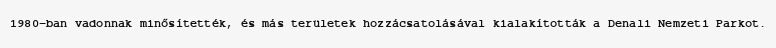
1980-ban vadonnak minősítették, és más területek hozzácsatolásával kialakították a Denali Nemzeti Parkot.